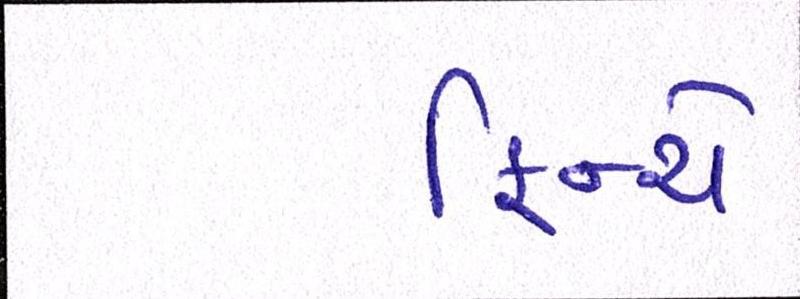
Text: ફિન્ચે